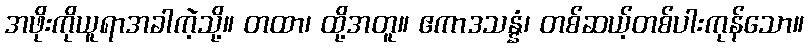
အဖိုးကိုယူရာအခါကဲ့သို့။ တထာ၊ ထို့အတူ။ ဧကာဒသန္နံ၊ တစ်ဆယ့်တစ်ပါးကုန်သော။